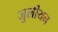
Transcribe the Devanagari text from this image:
जुलीयन